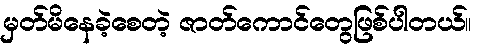
မှတ်မိနေခဲ့စေတဲ့ ဇာတ်ကောင်တွေဖြစ်ပါတယ်။